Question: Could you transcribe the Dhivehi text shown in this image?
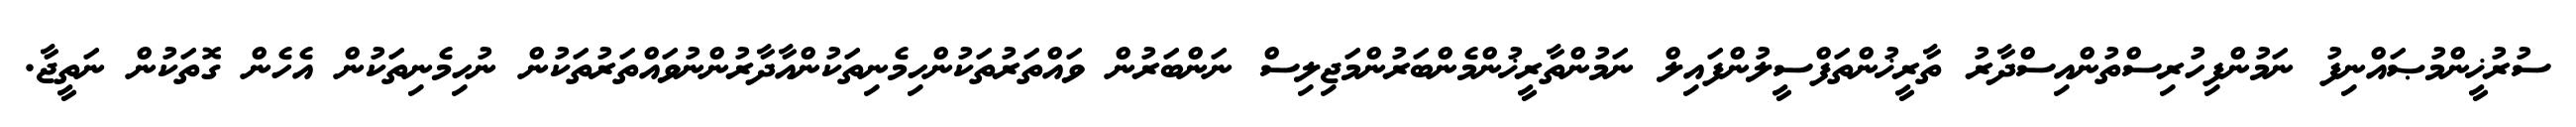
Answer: ސުރުޚީންމުޞައްނިފު ނަމުންފިހުރިސްތުންއިސްދާރު ތާރީޚުންތަފްސީލުންފައިލް ނަމުންތާރީޚުންމެންބަރުންމަޖިލިސް ނަންބަރުން ވައްތަރުތަކުންހިމެނިތަކުންއާދާރުންނުވައްތަރުތަކުން ނުހިމެނިތަކުން އެހެން ގޮތަކުން ނަތީޖާ.